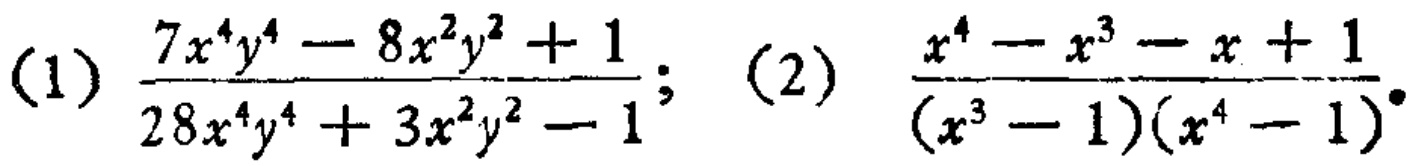
(1) \(\frac{7x^{4}y^{4}-8x^{2}y^{2}+1}{28x^{4}y^{4}+3x^{2}y^{2}-1}\); (2) \(\frac{x^{4}-x^{3}-x + 1}{(x^{3}-1)(x^{4}-1)}\)